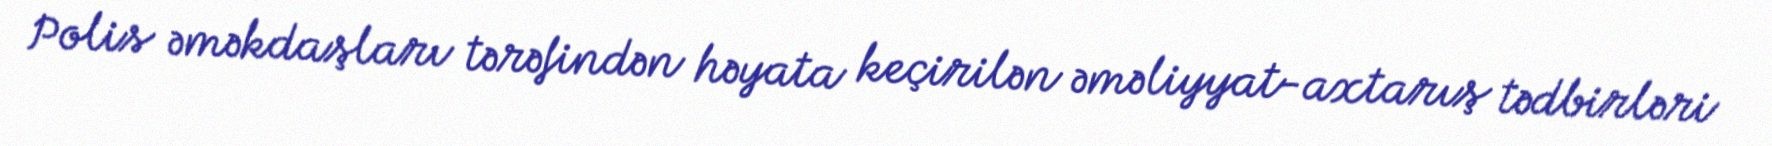
Polis əməkdaşları tərəfindən həyata keçirilən əməliyyat-axtarış tədbirləri